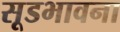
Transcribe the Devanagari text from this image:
सूडभावना